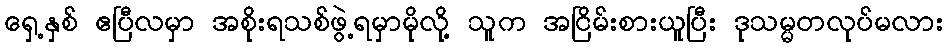
ရှေ့နှစ် ဧပြီလမှာ အစိုးရသစ်ဖွဲ့ရမှာမိုလို့ သူက အငြိမ်းစားယူပြီး ဒုသမ္မတလုပ်မလား